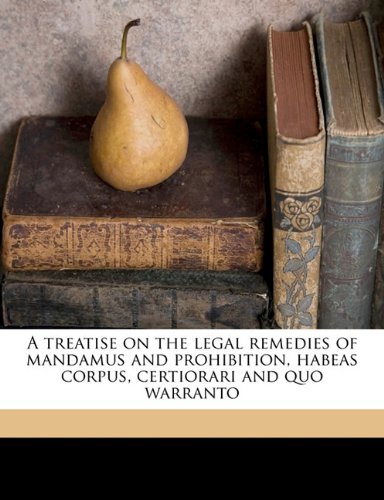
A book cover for A treatise on the legal remedies of mandamus and prohibition, habeas corpus, certiorari and quo warranto; H G. 1831-1893 Wood; Law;